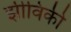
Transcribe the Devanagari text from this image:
झीविकी